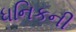
ધનિકની